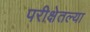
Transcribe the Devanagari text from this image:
परीक्षेतल्या